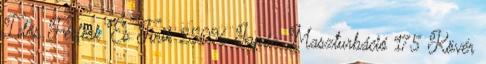
Idős Férfiak És Tinik 25096 Japán Maszturbáció 175 Kövér